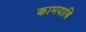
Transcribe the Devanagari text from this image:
कामयाबि